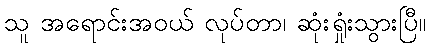
သူ အရောင်းအဝယ် လုပ်တာ၊ ဆုံးရှုံးသွားပြီ။